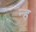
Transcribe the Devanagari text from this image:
न्ह